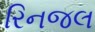
રિનજલ